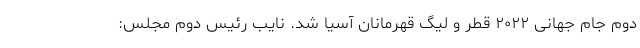
دوم جام جهانی ۲۰۲۲ قطر و لیگ قهرمانان آسیا شد. نایب رئیس دوم مجلس: